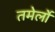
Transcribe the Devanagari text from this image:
तमेर्लो